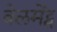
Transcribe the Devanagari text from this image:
बेलमेंट्स